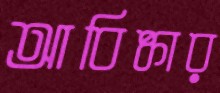
আবিষ্কার